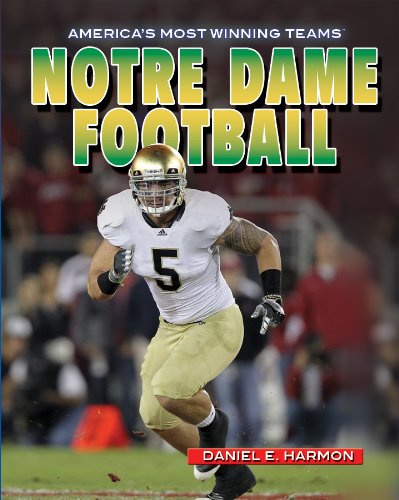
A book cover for Notre Dame Football (America's Most Winning Teams); Daniel E. Harmon; Teen & Young Adult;